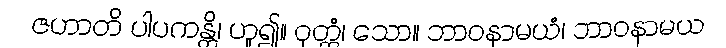
ဇဟာတိ ပါပကန္တိ၊ ဟူ၍။ ဝုတ္တံ၊ သော။ ဘာဝနာမယံ၊ ဘာဝနာမယ